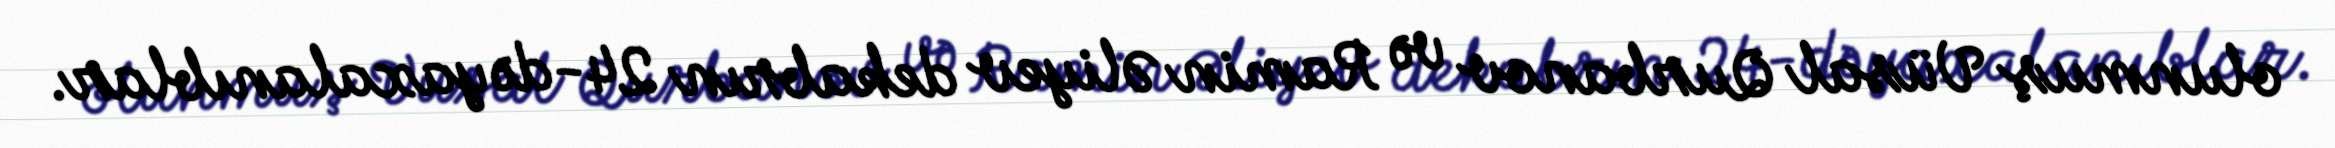
olunmuş Vüsal Qurbanov və Ramin Əliyev dekabrın 24-də yaxalanıblar.